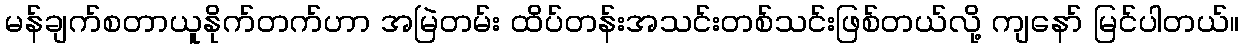
မန်ချက်စတာယူနိုက်တက်ဟာ အမြဲတမ်း ထိပ်တန်းအသင်းတစ်သင်းဖြစ်တယ်လို့ ကျနော် မြင်ပါတယ်။